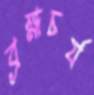
ব্রহ্মচর্য